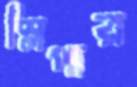
স্লিপার